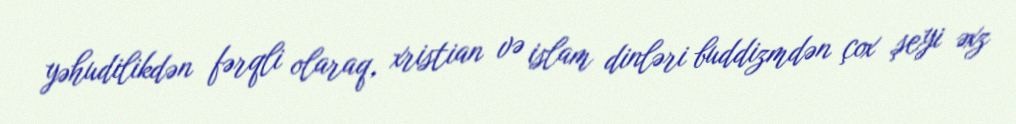
yəhudilikdən fərqli olaraq, xristian və islam dinləri buddizmdən çox şeyi əxz